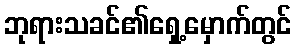
ဘုရားသခင်၏ရှေ့မှောက်တွင်